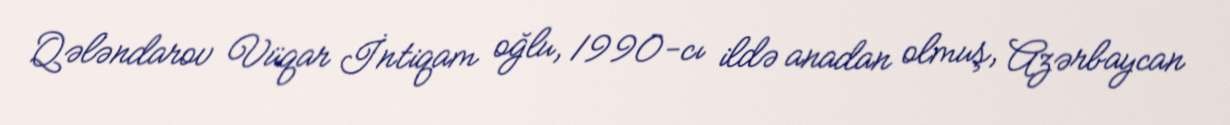
Qələndarov Vüqar İntiqam oğlu, 1990-cı ildə anadan olmuş, Azərbaycan